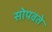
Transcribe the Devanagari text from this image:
सोपवते